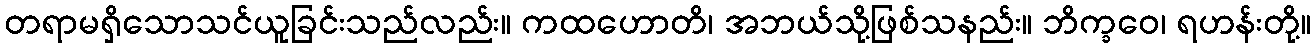
တရာမရှိသောသင်ယူခြင်းသည်လည်း။ ကထဟောတိ၊ အဘယ်သို့ဖြစ်သနည်း။ ဘိက္ခဝေ၊ ရဟန်းတို့။